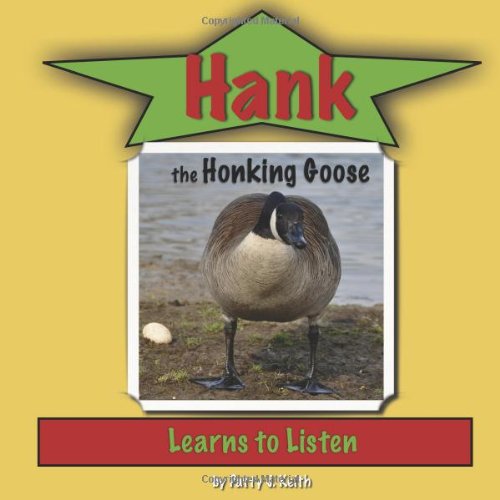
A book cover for Hank the Honking Goose Learns to Listen - Duck Ponder Series; Patty J. Keith; Arts & Photography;